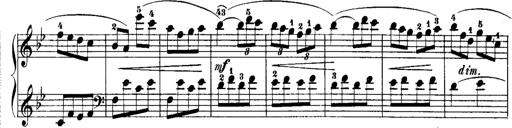
Title: Rondos and Sonatinas for Pianoforte
Composer: Daniel Steibelt